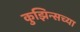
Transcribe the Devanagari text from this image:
कुझिन्सच्या